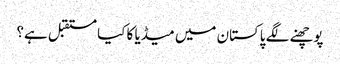
پوچھنے لگے پاکستان میں میڈیا کا کیا مستقبل ہے؟